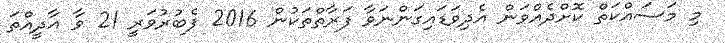
މި މަސައްކަތް ކޮށްދެއްވަން އެދިވަޑައިގަންނަވާ ފަރާތްތަކުން 2016 ފެބުރުވަރީ 21 ވާ އާދީއްތަ